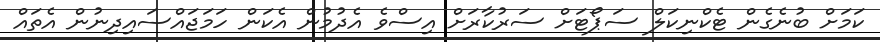
ކަމަށް ބުނެގެން ޓެކްނިކަލް ސަޕޯޓަށް ސަރުކާރަށް އިސްވެ އެދުމުން އެކަން ހަމަޖައްސައިދިނުން އެތައް